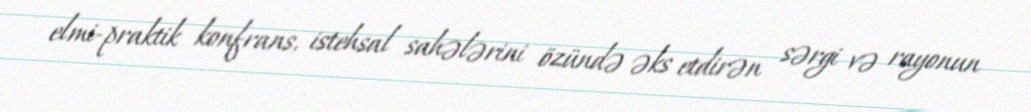
elmi-praktik konfrans, istehsal sahələrini özündə əks etdirən sərgi və rayonun